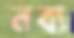
নব্য